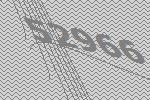
52966